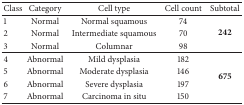
| Class | Category | Cell type | Cell count | Subtotal |
 | --- | --- | --- | --- | --- |
 | 1 | Normal | Normal squamous | 74 | <ROWSPAN=3> 242 |
 | 2 | Normal | Intermediate squamous | 70 |
 | 3 | Normal | Columnar | 98 |
 | 4 | Abnormal | Mild dysplasia | 182 | <ROWSPAN=4> 675 |
 | 5 | Abnormal | Moderate dysplasia | 146 |
 | 6 | Abnormal | Severe dysplasia | 197 |
 | 7 | Abnormal | Carcinoma in situ | 150 |